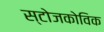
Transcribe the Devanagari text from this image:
स्टोजकोविक